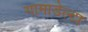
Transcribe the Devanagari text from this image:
गामाडेल्टा